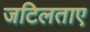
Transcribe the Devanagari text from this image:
जटिलताए